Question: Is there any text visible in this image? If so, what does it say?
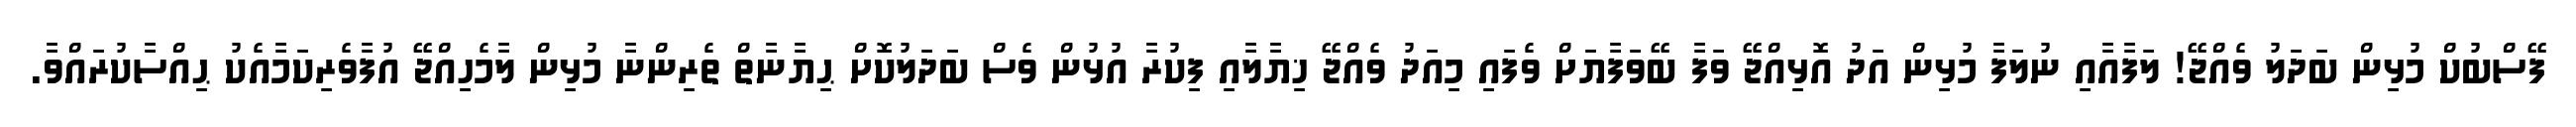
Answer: ފޭސްބުކް މުޅިން ބަދަލު ވެއްޖޭ! ލަފާއާއި ނުލަފާ މުޅިން އަދު އޮޅިއްޖޭ ވަފާ ބޭވަފާޔަށް ވެފައި މިއަދު ވެއްޖޭ ޚިޔާލާއި ފިކުރާ އުޅުން ވެސް ބަދަލުކޮށް ޙިޔާނާތް ތެރިންނާ މުޅިން ލާމެހިއްޖޭ އުފާވެރިކަމާއެކު ޙިއްސާކުރައްވާ.